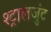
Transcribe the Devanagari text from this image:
श्ट्रालजुंट